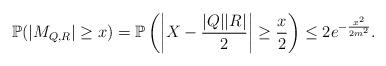
LaTeX: \begin{align*} \mathbb{P}(|M_{Q, R}| \ge x) = \mathbb{P}\left(\left|X - \frac{|Q||R|}2\right| \ge \frac x 2\right) \le 2e^{-\frac{x^2}{2m^2}}.\end{align*}